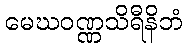
မေဃဝဏ္ဏသိရီနိဘံ